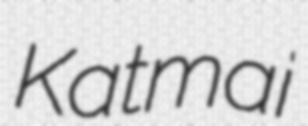
Katmai